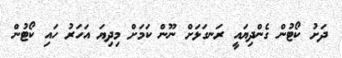
ދަށު ކޯޓުން ގެންދިޔައީ ރަނގަޅަށް ނޫން ކަމަށް މިދިޔަ އަހަރު ހައި ކޯޓުން